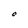
Character: O